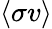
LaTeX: \left\langle\sigma v\right\rangle